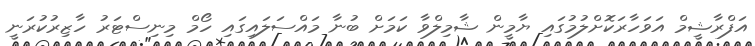
އަފްރާޝީމް އަވަހާރަކޮށްލުމުގައި ޔާމީން ޝާމިލްވާ ކަމަށް ބުނާ މައްސަލައިގައި ހޯމް މިނިސްޓަރު ހާޒިރުކުރަނީ